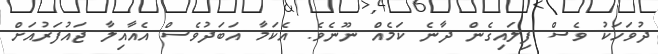
ދުވަހަކު ވެސް ފިލައިގެން ދާނެ ކަމެއް ނޫނެވެ. އެކަމާ އަބަދުވެސް އެއާއިލާ ޖައުފަރުއަށް